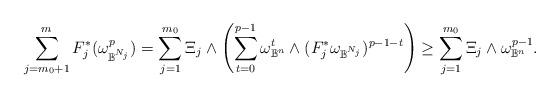
LaTeX: \begin{align*}\sum_{j=m_0+1}^m F_j^*(\omega_{\mathbb{B}^{N_j}} ^p) = \sum_{j=1}^{m_0} \Xi_j \wedge \left( \sum_{t=0}^{p-1} \omega^t_{\mathbb{B}^n} \wedge (F_j^*\omega_{\mathbb{B}^{N_j}})^{p-1-t} \right) \geq \sum_{j=1}^{m_0} \Xi_j \wedge \omega^{p-1}_{\mathbb{B}^n}.\end{align*}